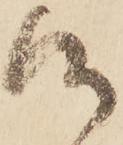
候